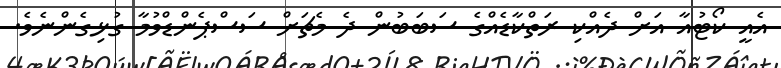
އެއީ ކޯޓުއާ އަށް ދެއްކި ރަތްކާޑެއްގެ ސަބަބުން ދެ މެޗަށް ސަސްޕެންޑްވުމާ ގުޅިގެންނެވެ.